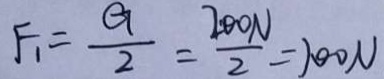
F _ { 1 } = \frac { G } { 2 } = \frac { 2 0 0 N } { 2 } = 1 0 0 N